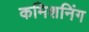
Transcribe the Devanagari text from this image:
कमिशनिंग